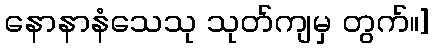
နောနာနံသေသု သုတ်ကျမှ တွက်။]